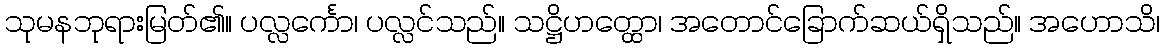
သုမနဘုရားမြတ်၏။ ပလ္လင်္ကော၊ ပလ္လင်သည်။ သဋ္ဌိဟတ္ထော၊ အတောင်ခြောက်ဆယ်ရှိသည်။ အဟောသိ၊